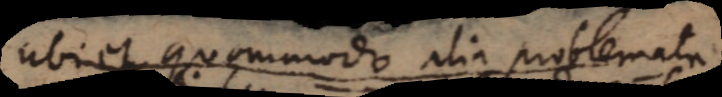
ubi et quomodo alia problemata